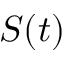
S ( t )